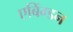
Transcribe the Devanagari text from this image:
एबिंग्डन